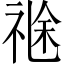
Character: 𥚤